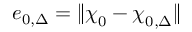
e _ { 0 , \Delta } = \| \boldsymbol { \chi } _ { 0 } - \boldsymbol { \chi } _ { 0 , \Delta } \|